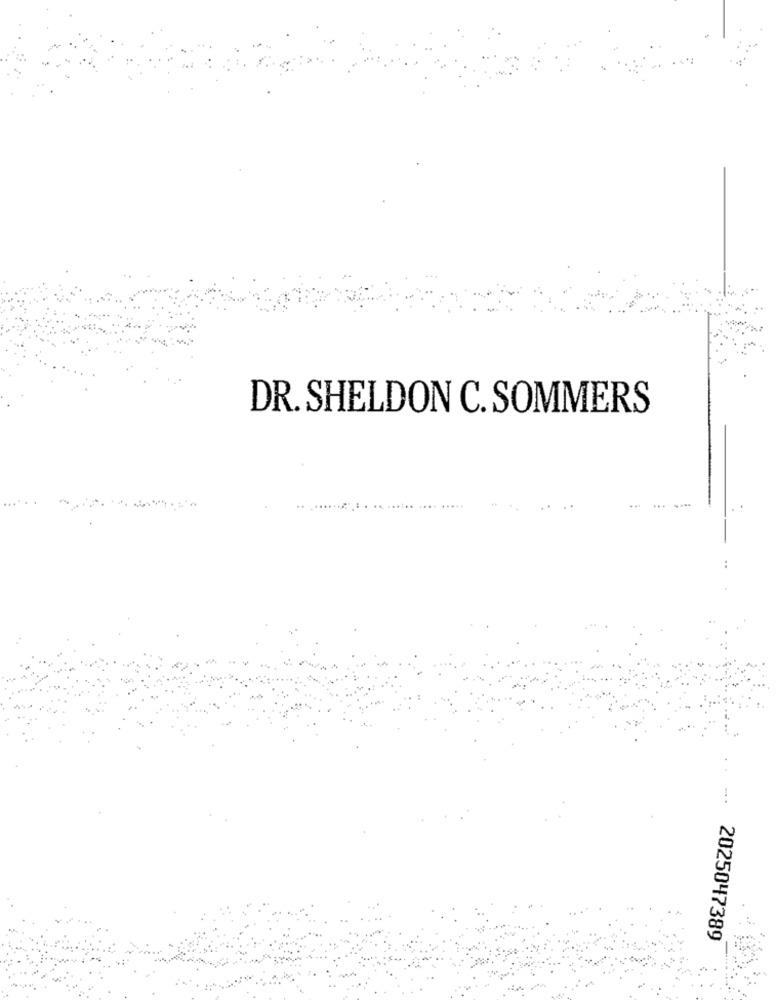
DR. SHELDON C. SOMMERS
2025047389